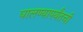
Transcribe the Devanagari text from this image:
घालण्यापर्यंतची